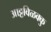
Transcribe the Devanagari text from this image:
आट्टविळक्कु